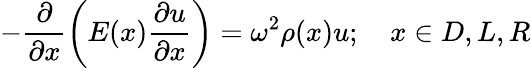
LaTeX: -\frac{\partial}{\partial x}\left(E(x)\frac{\partial u}{\partial x}\right)=\omega^{2}\rho(x)u;\quad x\in D,L,R